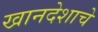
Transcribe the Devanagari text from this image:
खानदेशाचे